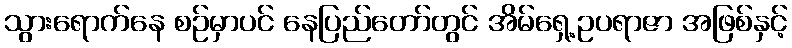
သွားရောက်နေ စဉ်မှာပင် နေပြည်တော်တွင် အိမ်ရှေ့ဥပရာဇာ အဖြစ်နှင့်